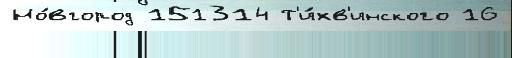
Но́вгород 151314 Т'и́хв'инского 16